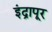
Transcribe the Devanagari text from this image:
इंद्रापूर